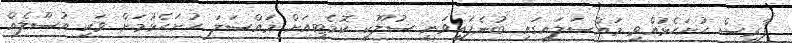
ފާރިސް ހުށަހެޅުއްވި މައްސަލައިގައި ބުނެފައިވަނީ ސުލޫކީ ކޮމެޓީއަށް މައްސަލަ ހުށަހެޅުމަށް ވަކި އުސޫލެއް